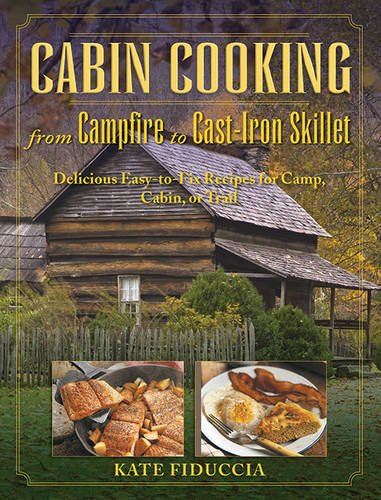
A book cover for Cabin Cooking: Delicious Cast Iron and Dutch Oven Recipes for Camp, Cabin, or Trail; Kate Fiduccia; Cookbooks, Food & Wine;